Note on the mental hospitals in Burma - 1925-1940
Year: 1925
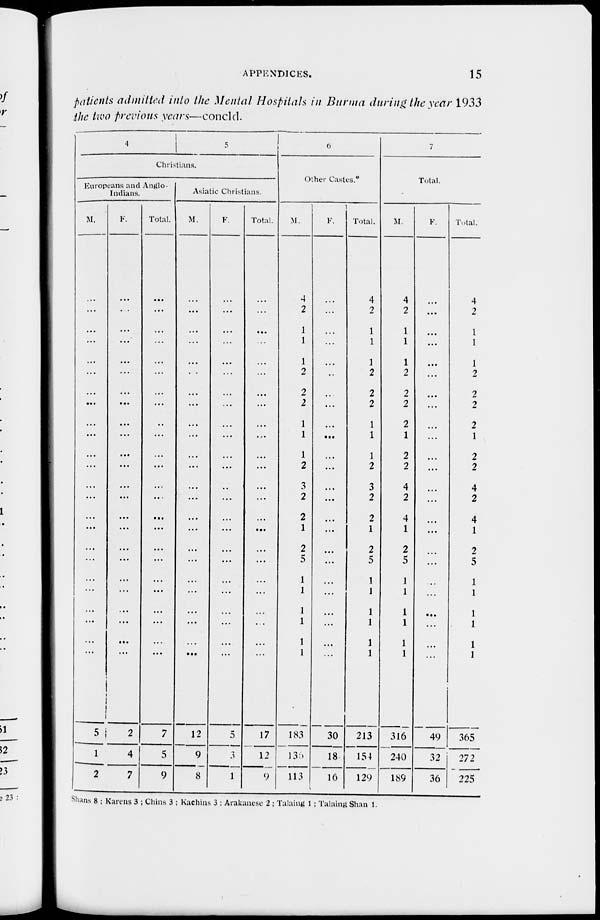
APPENDICES.
15
patients admitted into the Mental Hospitals in Burma during the year 1933
the two previous years—concld.
4
5
Christians.
Europeans and Anglo-
Indians.
M,
...
...
...
...
...
...
...
...
...
...
...
...
...
...
...
...
...
...
...
...
...
...
...
...
5
1
2
F.
...
...
...
...
...
...
...
...
...
...
...
...
...
...
...
...
...
...
...
...
...
...
...
...
2
4
7
Total.
...
...
...
...
...
...
...
...
...
...
...
...
...
...
...
...
...
...
...
...
...
...
...
...
7
5
9
Asiatic Christians.
M.
...
...
...
...
...
...
...
...
...
...
...
...
...
...
...
...
...
...
...
...
...
...
...
...
12
9
8
F.
...
...
...
...
...
...
...
...
...
...
...
...
...
...
...
...
...
...
...
...
...
...
...
5
3
1
Total.
...
...
...
...
...
...
...
...
...
...
...
...
...
...
...
...
...
...
...
...
...
...
...
...
17
12
9
6
Other Castes.*
M.
4
2
1
1
1
2
2
2
1
1
1
2
3
2
2
1
2
5
1
1
1
1
1
1
183
136
113
F.
...
...
...
...
...
...
...
...
...
...
...
...
...
...
...
...
...
...
...
...
...
...
...
...
30
18
16
Total.
4
2
1
1
1
2
2
2
1
1
1
2
3
2
2
1
2
5
1
1
1
1
1
1
213
154
129
7
Total.
M.
4
2
1
1
1
2
2
2
2
1
2
2
4
2
4
1
2
5
...
...
...
...
...
...
316
240
189
F.
...
...
...
...
...
...
...
...
...
...
...
...
...
...
...
...
...
...
...
...
...
...
...
49
32
36
Total.
4
2
1
1
1
2
2
2
2
1
2
2
4
2
4
1
2
5
...
...
...
...
...
...
365
272
225
Shans 8 ; Karens 3 ; Chins 3 ; Kachins 3 ; Arakanese 2 ; Talaing 1 ; Talaing Shan 1.